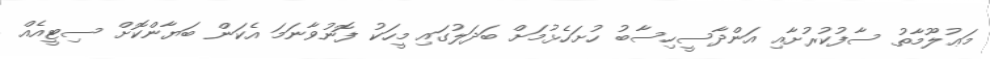
މަޢުލޫމާތު ސާފުކުރުށާއި އަންދާސީހިސާބު ހުށަހެޅުމަށް ބަދަލުގައި މީހަކު ފޮނުވާނަމަ އެކަން ބަޔާންކޮށް ސިޓީއެއް